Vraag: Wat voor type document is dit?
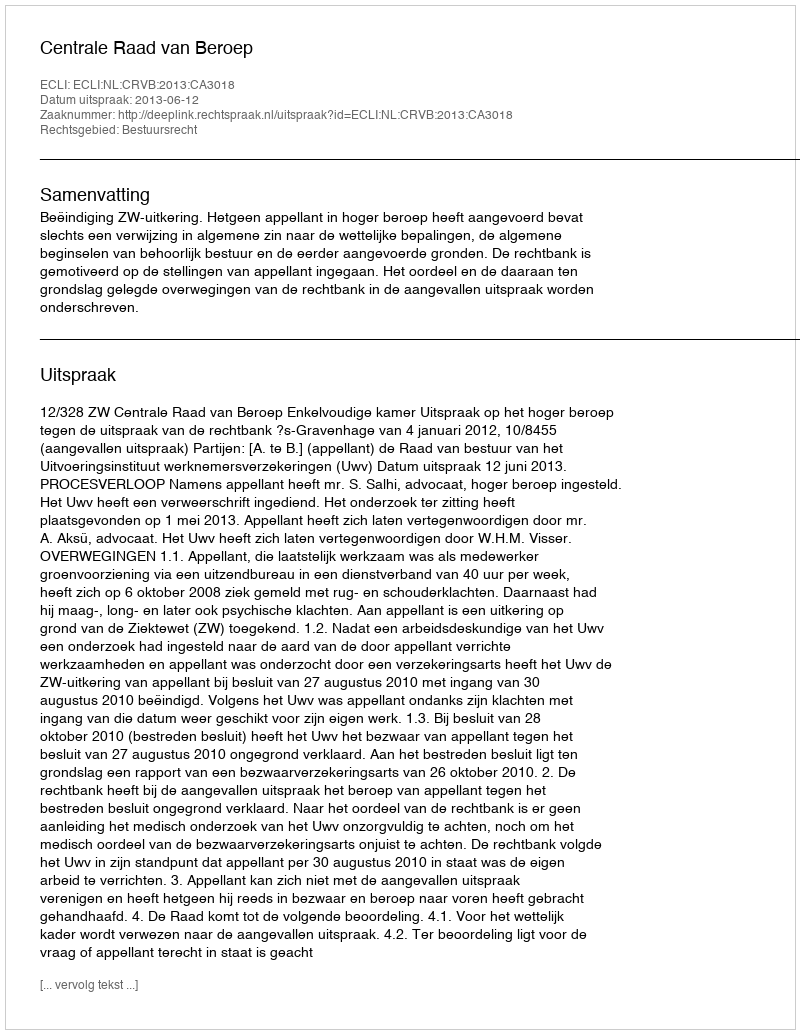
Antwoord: Uitspraak